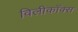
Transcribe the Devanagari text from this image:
विलीकॉक्स